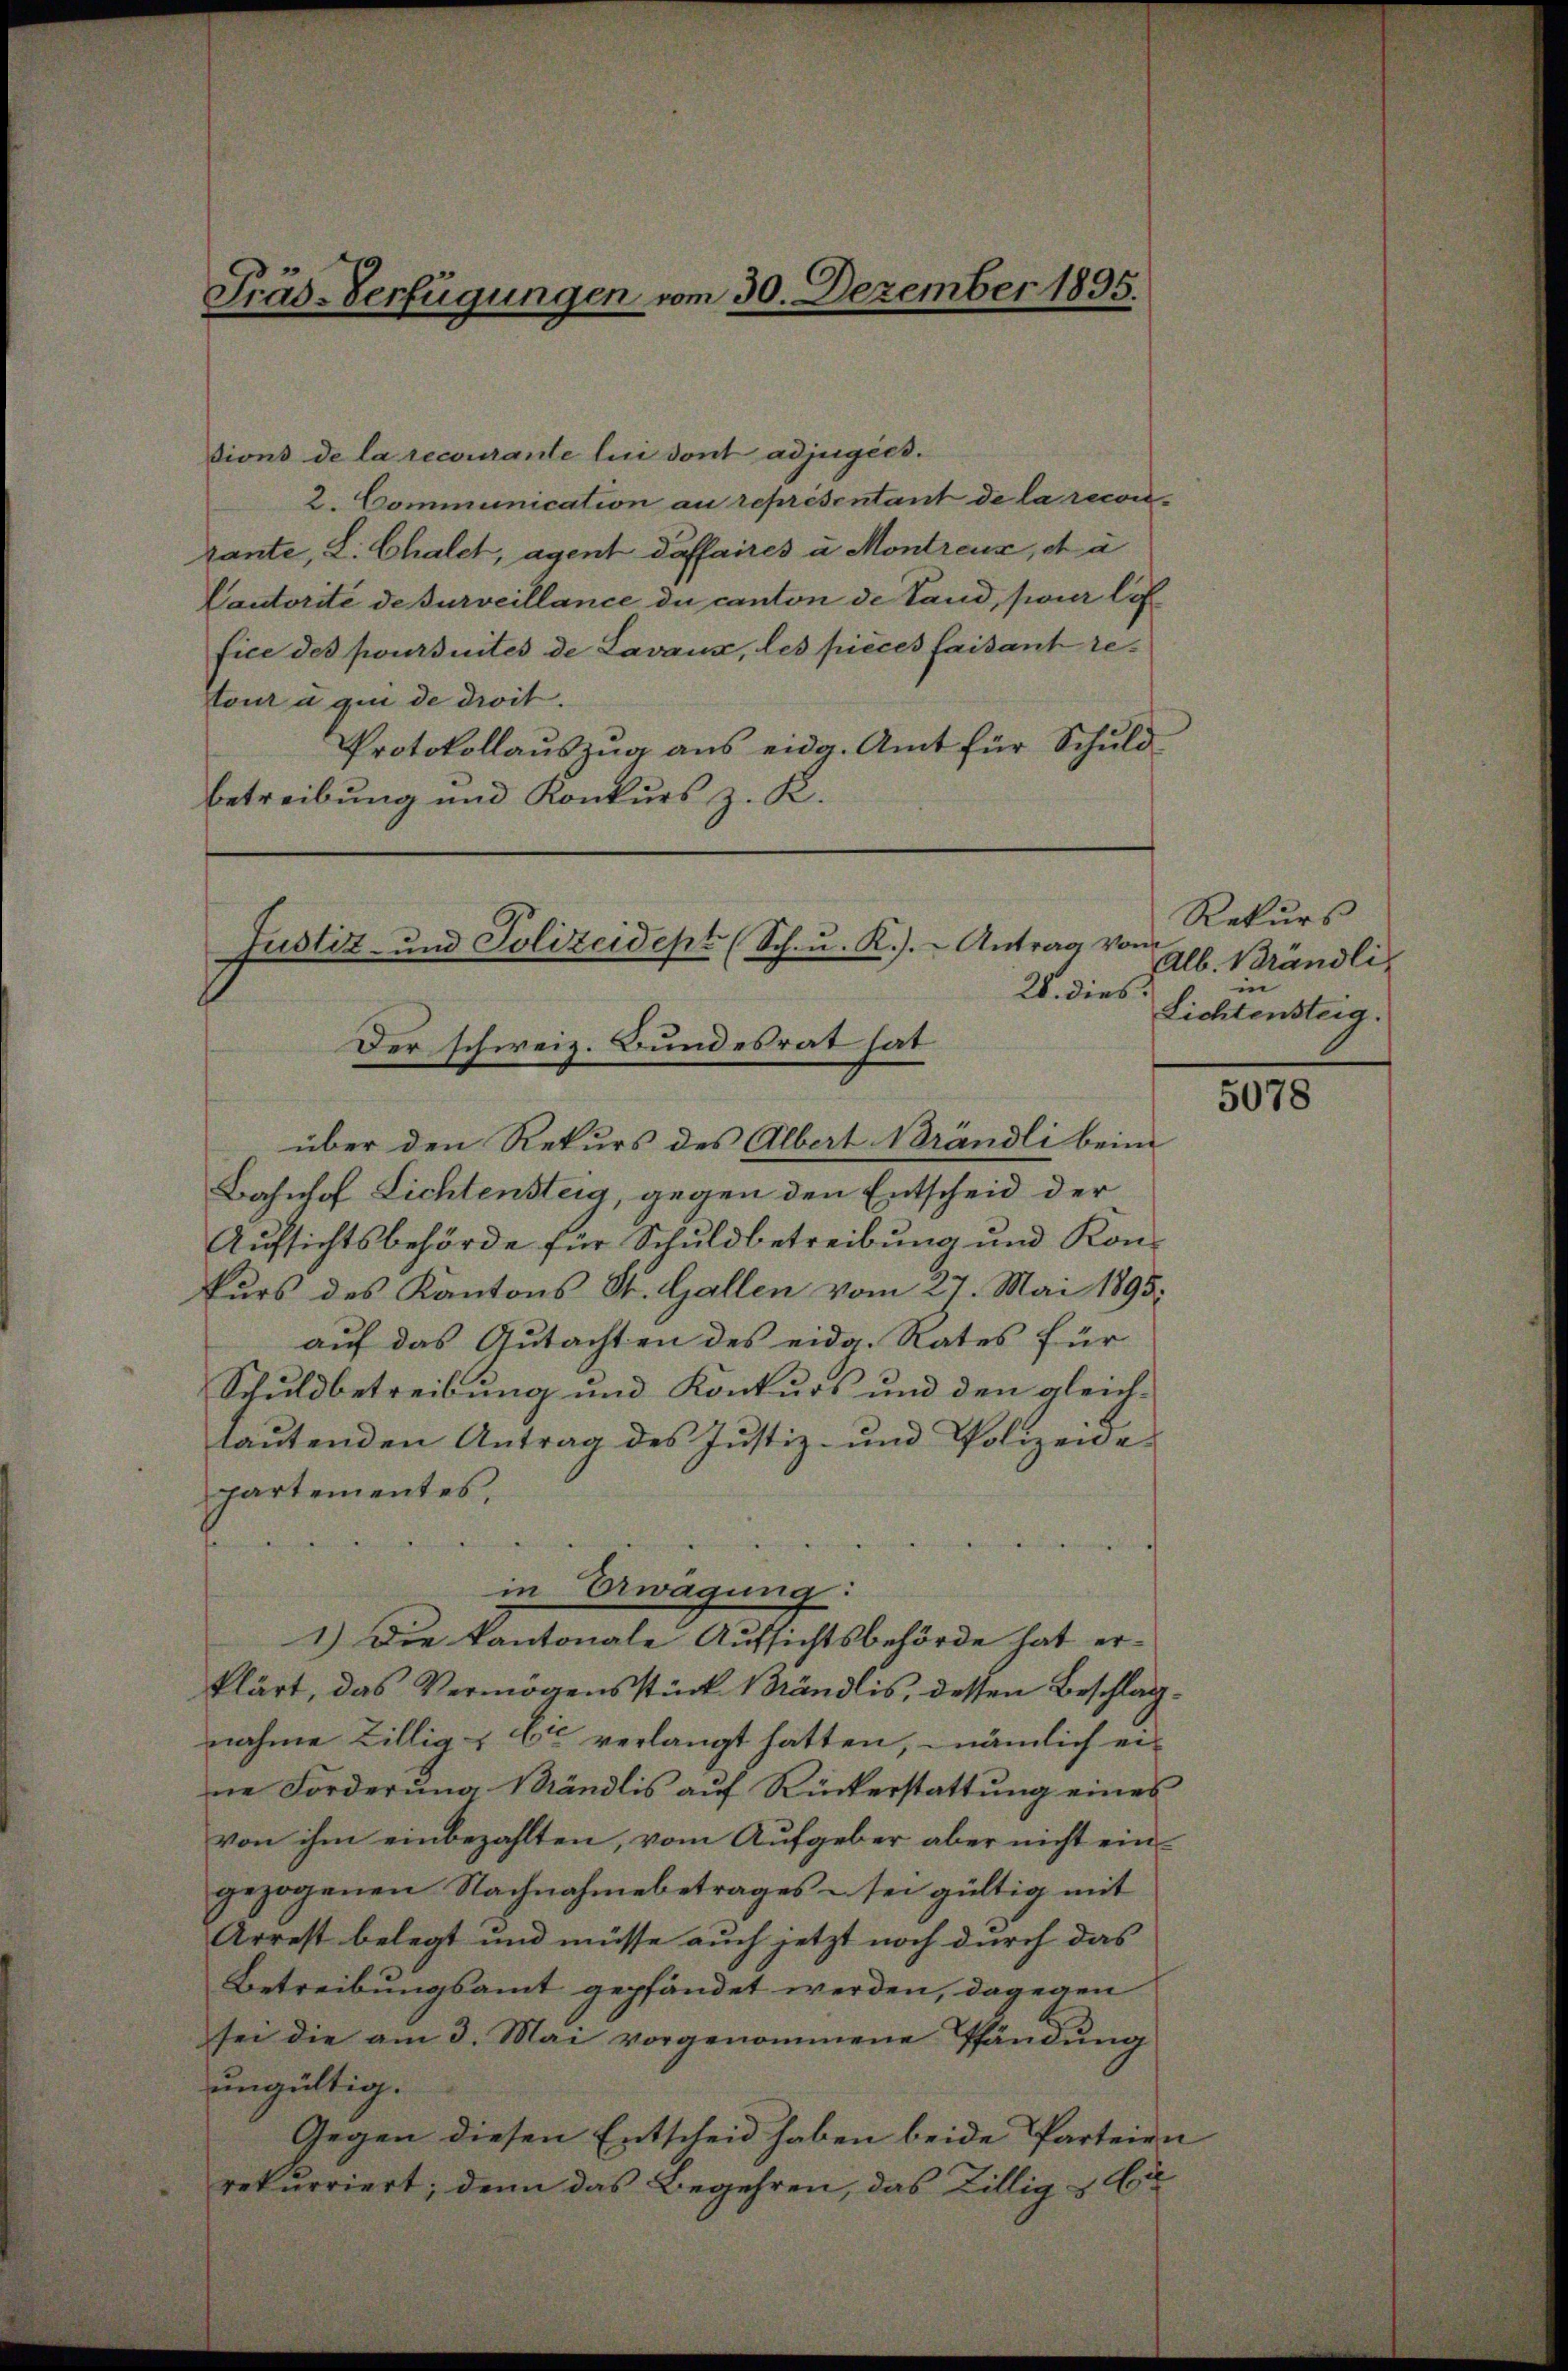
Präs-Verfügungen vom 30. Dezember 1895.

ions de la recourante lui dont adjugées.
2. Communication au representant de la reconrante, L. Chalet, agent daffaires u. Montreux, da
Cautorité de surveillance du canton de Land, pour les
fice des poursuites de Lavaux, les pieces faisant retour u qui de droit.
Protokollaŭszŭg ans eida. Amt für Schŭld
betreibung und Konkurs z. K.

Justiz- und Polizeidept (Sch. u. R.). Antrag von
26. dies:
Der schweiz. Bundesrat hat
über den Rekurs des Albert Brändli beim

Bahnhof Lichtensteig, gegen den Entscheid der
Aufsichtsbehörde für Schuldbetreibung und Konkurs des Kantons St. Gallen vom 27. Mai 1895;
auf das Gutachten des eidg. Rates für
Schuldbetreibung und Konkurs und den gleich-
lautenden Antrag des Justiz- und Polizeide-
partementes,
in Erwägung:
1.) Die kantonale Aufsichtsbehörde hat er-
klärt, das Vermögensstück 1 Ständlis, dessen Beschlagnahme Billig - Er verlangt hatten, nämlich eine Forderŭng Mändlis aŭf Rückerstattŭng eines
von ihm einbezahlten, vom Aufgeber aber nicht eingezogenen Nachnahmebetrages - sei gültig mit
Arrest belegt und müsse auch jetzt noch durch das
Betreibungsamt gepfändet werden, dagegen
sei die am 3. Mai vorgenommene Pfändung
ungültig.
Gegen diesen Entscheid haben beide Parteien
rekurriert; denn das Begehren, das Zillig & Ei

Rekurs
Alb. Brändliin
Lichtensteig.

5078